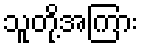
သူတို့အကြား